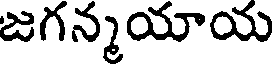
జగన్మయాయ